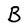
Character: B